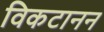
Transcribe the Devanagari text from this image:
विकटानन